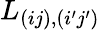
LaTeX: L_{(ij),(i^{\prime}j^{\prime})}